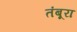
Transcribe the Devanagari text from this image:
तंबूरा